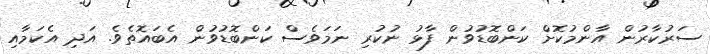
ސަރުކާރުން އާންމުކޮށް ކަންބޮޑުވުން ފާޅު ނުކުރި ނަމަވެސް ކަންބޮޑުވުން އެބައޮތެވެ. އަދި އެކަމާއި